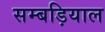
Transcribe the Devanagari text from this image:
सम्बड़ियाल